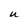
Character: U